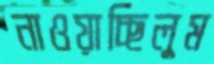
নাওয়াচ্ছিলুম